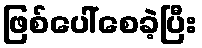
ဖြစ်ပေါ်စေခဲ့ပြီး